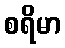
စရိမာ